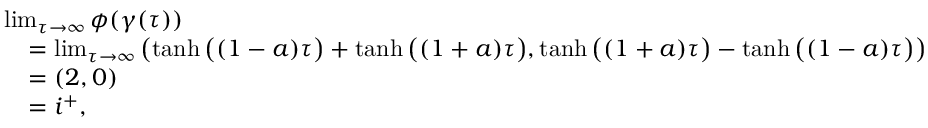
\begin{array} { r l } & { \operatorname* { l i m } _ { \tau \to \infty } \phi ( \gamma ( \tau ) ) } \\ & { \quad = \operatorname* { l i m } _ { \tau \to \infty } \left( \operatorname { t a n h } \big ( ( 1 - a ) \tau \big ) + \operatorname { t a n h } \big ( ( 1 + a ) \tau \big ) , \operatorname { t a n h } \big ( ( 1 + a ) \tau \big ) - \operatorname { t a n h } \big ( ( 1 - a ) \tau \big ) \right) } \\ & { \quad = ( 2 , 0 ) } \\ & { \quad = i ^ { + } , } \end{array}